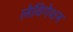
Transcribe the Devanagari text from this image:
लेविगेशन